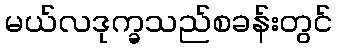
မယ်လဒုက္ခသည်စခန်းတွင်